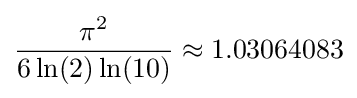
{\frac {\pi ^{2}}{6\ln(2)\ln(10)}}\approx 1.03064083